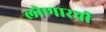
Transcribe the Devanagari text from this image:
लोणारची